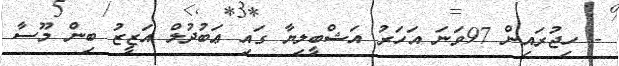
- ހިޖުރައިން 97ވަނަ އަހަރު އަޝްބީލިޔާ ގައި ޢަބުދުލް އަޒީޒު ބިން މޫސާ